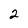
Character: 2